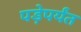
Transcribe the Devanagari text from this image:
पड़ेपर्यंत